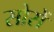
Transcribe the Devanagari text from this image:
सोसें